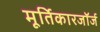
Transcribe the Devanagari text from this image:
मूर्तिकारजॉर्ज